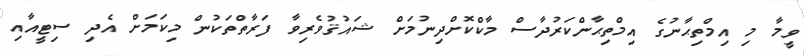
ވީމާ މި އިމްތިޙާނުގެ އިމްތިޙާންކަރުދާސް މާކްކޮށްދިނުމަށް ޝައުޤުވެރިވާ ފަރާތްތަކުން މިކަމަށް އެދި ސިޓީއާއި